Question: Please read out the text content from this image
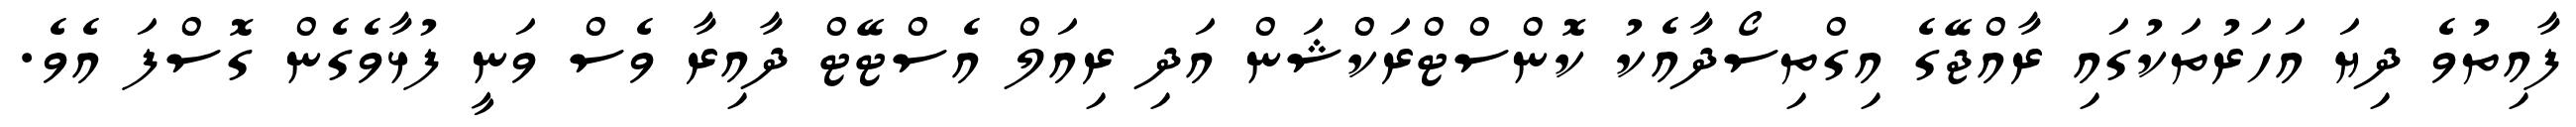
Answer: ފާއިތުވެ ދިޔަ އަހަރުތަކުގައި ރާއްޖޭގެ އިގްތިސޯދާއެކު ކޮންސްޓްރަކްޝަން އަދި ރިއަލް އެސްޓޭޓް ދާއިރާ ވެސް ވަނީ ފުޅާވެގެން ގޮސްފަ އެވެ.